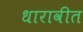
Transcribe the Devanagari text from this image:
धारावीत